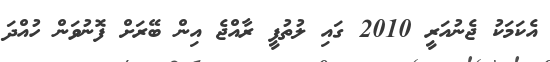
އެކަމަކު ޖެނުއަރީ 2010 ގައި ލުތުފީ ރާއްޖެ އިން ބޭރަށް ފޮނުވަން ހުއްދަ